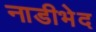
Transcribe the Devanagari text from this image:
नाडीभेद